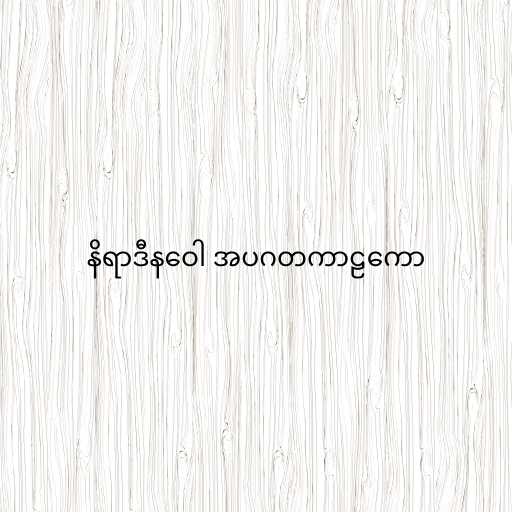
နိရာဒီနဝေါ အပဂတကာဠကော